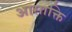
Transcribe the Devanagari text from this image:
आसाक्ति